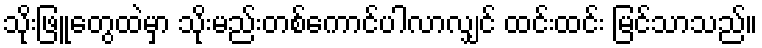
သိုးဖြူတွေထဲမှာ သိုးမည်းတစ်ကောင်ပါလာလျှင် ထင်းထင်း မြင်သာသည်။